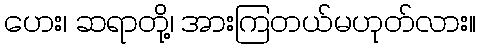
ဟေး၊ ဆရာတို့၊ အားကြတယ်မဟုတ်လား။